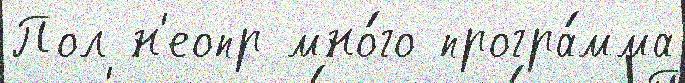
Пол н'еопр мно́го програ́мма